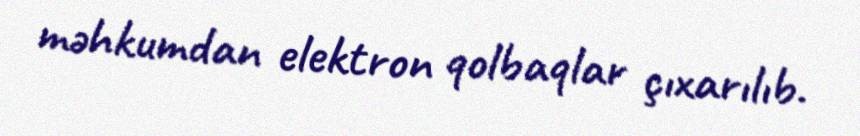
məhkumdan elektron qolbaqlar çıxarılıb.